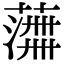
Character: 𫉰